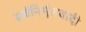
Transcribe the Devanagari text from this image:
सर्वनिर्मूलवादी